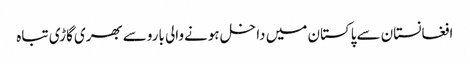
افغانستان سےپاکستان میں داخل ہونےوالی باروسےبھری گاڑی تباہ